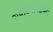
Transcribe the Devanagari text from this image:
सर्पेंटिनायझेशन